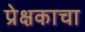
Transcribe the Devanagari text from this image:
प्रेक्षकाचा